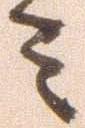
ミ